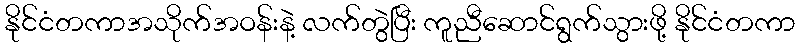
နိုင်ငံတကာအသိုက်အဝန်းနဲ့ လက်တွဲပြီး ကူညီဆောင်ရွက်သွားဖို့ နိုင်ငံတကာ